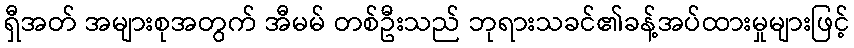
ရှီအတ် အများစုအတွက် အီမမ် တစ်ဦးသည် ဘုရားသခင်၏ခန့်အပ်ထားမှုများဖြင့်